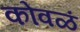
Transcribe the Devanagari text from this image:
कोवळं